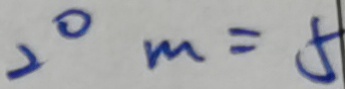
2 ^ { \circ } m = 5